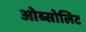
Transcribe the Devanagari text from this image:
ओब्सोलिट